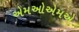
એમઓએમએ